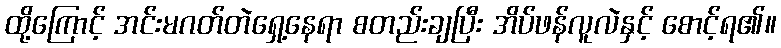
ထို့ကြောင့် အင်းမဂတ်တဲရှေ့နေရာ စတည်းချပြီး အိပ်ဖန်လူလဲနှင့် စောင့်ရ၏။